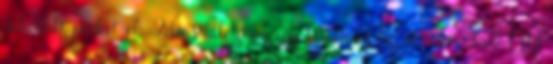
dekódolt packet-ek. Felinstalloztam egy Windows 98-at, és a TrueTTY